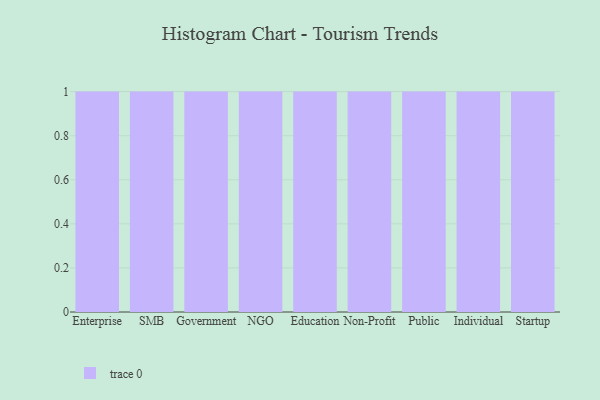
{"axis": {"x": "Segment", "y": "Humidity (%)"}, "legend": [""], "data": [{"x": "Enterprise", "y": 94, "type": ""}, {"x": "SMB", "y": 43, "type": ""}, {"x": "Government", "y": 24, "type": ""}, {"x": "NGO", "y": 97, "type": ""}, {"x": "Education", "y": 86, "type": ""}, {"x": "Non-Profit", "y": 65, "type": ""}, {"x": "Public", "y": 22, "type": ""}, {"x": "Individual", "y": 29, "type": ""}, {"x": "Startup", "y": 70, "type": ""}]}